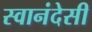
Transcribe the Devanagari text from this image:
स्वानंदेसी